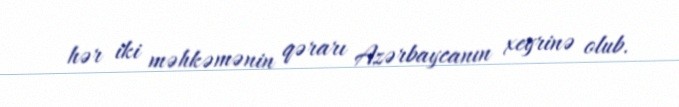
hər iki məhkəmənin qərarı Azərbaycanın xeyrinə olub.